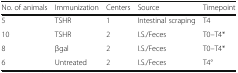
| No. of animals | Immunization | Centers | Source | Timepoint |
 | --- | --- | --- | --- | --- |
 | 5 | TSHR | 1 | Intestinal scraping | T4 |
 | 10 | TSHR | 2 | I.S./Feces | T0–T4* |
 | 8 | βgal | 2 | I.S./Feces | T0–T4* |
 | 6 | Untreated | 2 | I.S./Feces | T4° |